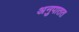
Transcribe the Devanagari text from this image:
अनुपातत